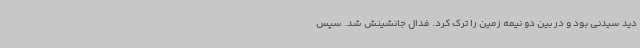
دید سیدنی بود و در بین دو نیمه زمین را ترک کرد. فدال جانشینش شد. سپس